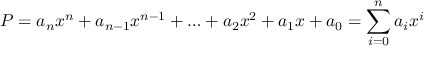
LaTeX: P = a _ { n } x ^ { n } + a _ { n - 1 } x ^ { n - 1 } + \ldots + a _ { 2 } x ^ { 2 } + a _ { 1 } x + a _ { 0 } = \sum _ { i = 0 } ^ { n } a _ { i } x ^ { i }